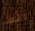
فقط